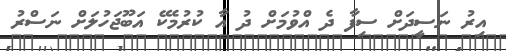
އިރު ނަސީދަށް ސިފާ ދެ އްވުމަށް ދު އަާ ކުރުމެކޭ އަބޫޖަހުލަށް ނަސްރު